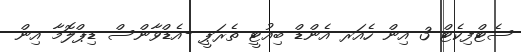
ސެޓްފިކެޓް 3 އިން ހެއަރ އެންޑް ބިއުޓީ ތެރަޕީ -އެޑްވާންސް ޑިޕްލޮމާ އިން